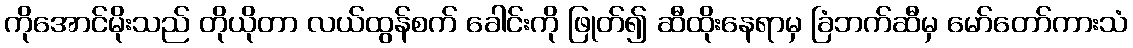
ကိုအောင်မိုးသည် တိုယိုတာ လယ်ထွန်စက် ခေါင်းကို ဖြုတ်၍ ဆီထိုးနေရာမှ ခြံဘက်ဆီမှ မော်တော်ကားသံ